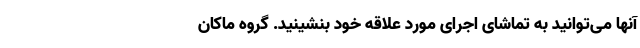
آنها می‌توانید به تماشای اجرای مورد علاقه خود بنشینید. گروه ماکان